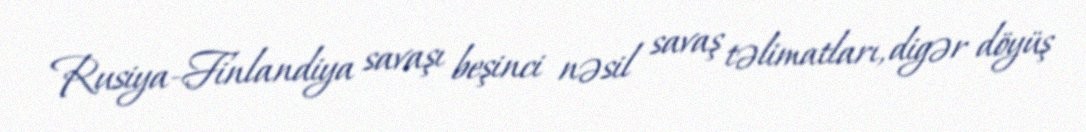
Rusiya-Finlandiya savaşı beşinci nəsil savaş təlimatları, digər döyüş